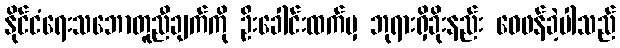
နိုင်ငံရေးသဘောတူညီချက်ကို ဦးခေါင်းထက်မှ ဘုရားရှိခိုးနည်း ဝေဖန်ခဲ့ပါသည်